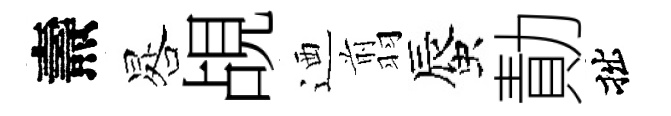
燾晷覘迺翦蜃勣拙